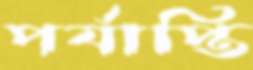
পর্যাপ্তি